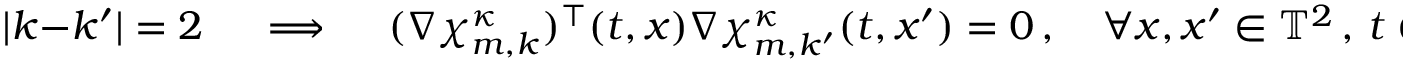
| k - k ^ { \prime } | = 2 \quad \implies \quad ( \nabla { \boldsymbol { \chi } } _ { m , k } ^ { \kappa } ) ^ { \intercal } ( t , x ) \nabla { \boldsymbol { \chi } } _ { m , k ^ { \prime } } ^ { \kappa } ( t , x ^ { \prime } ) = 0 \, , \quad \forall x , x ^ { \prime } \in \ensuremath { \mathbb { T } } ^ { 2 } \, , \, t \in \ensuremath { \mathbb { R } } \, .